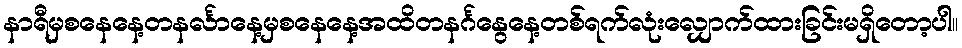
နာရီမှစနေနေ့တနင်္လာနေ့မှစနေနေ့အထိတနင်္ဂနွေနေ့တစ်ရက်လုံးလျှောက်ထားခြင်းမရှိတော့ပါ။